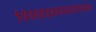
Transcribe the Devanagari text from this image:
१०००००००००००००००००